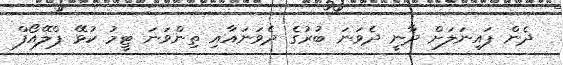
ދެން ފައިނަލަށް ދާނީ ދެވަނަ ބުރުގެ ދެވަނައާއި ތިންވަނަ ޓީމު ކުޅޭ ޕްލޭއޯފް